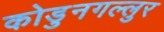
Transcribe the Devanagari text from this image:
कोडुनगल्लुर